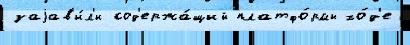
заjав'и́л'и сод'ержа́щий платфо́рмы хо́д'е